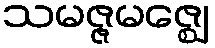
သမဇ္ဇမဇ္ဈေ